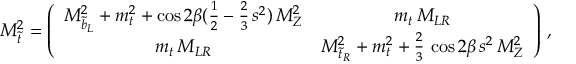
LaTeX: { \cal M } _ { \tilde { t } } ^ { 2 } = \left( \begin{array} { c c } { { M _ { \tilde { b } _ { L } } ^ { 2 } + m _ { t } ^ { 2 } + \cos { 2 \beta } ( { \frac { 1 } { 2 } } - { \frac { 2 } { 3 } } \, s ^ { 2 } ) \, M _ { Z } ^ { 2 } } } & { { m _ { t } \, M _ { L R } } } \\ { { m _ { t } \, M _ { L R } } } & { { M _ { \tilde { t } _ { R } } ^ { 2 } + m _ { t } ^ { 2 } + { \frac { 2 } { 3 } } \, \cos { 2 \beta } \, s ^ { 2 } \, M _ { Z } ^ { 2 } } } \end{array} \right) \, ,